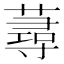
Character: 蕁